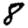
Digit: 8